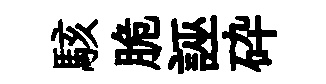
駭脆誣砕